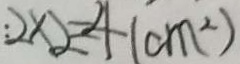
: 2 \times 2 = 4 ( c m ^ { 2 } )